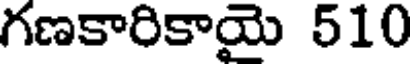
గణకారికాయై 510